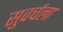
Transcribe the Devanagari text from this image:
सुवर्चला